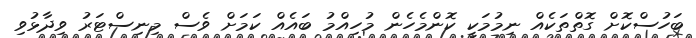
ބަހުސްކޮށް ގޮތްތަކެއް ނިމުމަކީ ކޮންމެހެން މުހިއްމު ބައެއް ކަމަށް ވެސް މިނިސްޓަރު ވިދާޅުވި